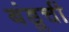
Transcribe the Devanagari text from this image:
बंडूची